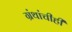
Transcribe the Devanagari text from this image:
ग्रंथांचीही